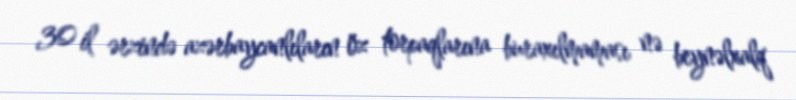
30 il ərzində azərbaycanlıların öz torpaqlarına buraxılmaması nə beynəlxalq